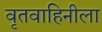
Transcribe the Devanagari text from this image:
वृतवाहिनीला